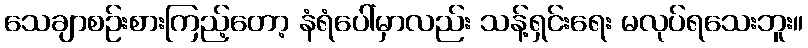
သေချာစဉ်းစားကြည့်တော့ နံရံပေါ်မှာလည်း သန့်ရှင်းရေး မလုပ်ရသေးဘူး။